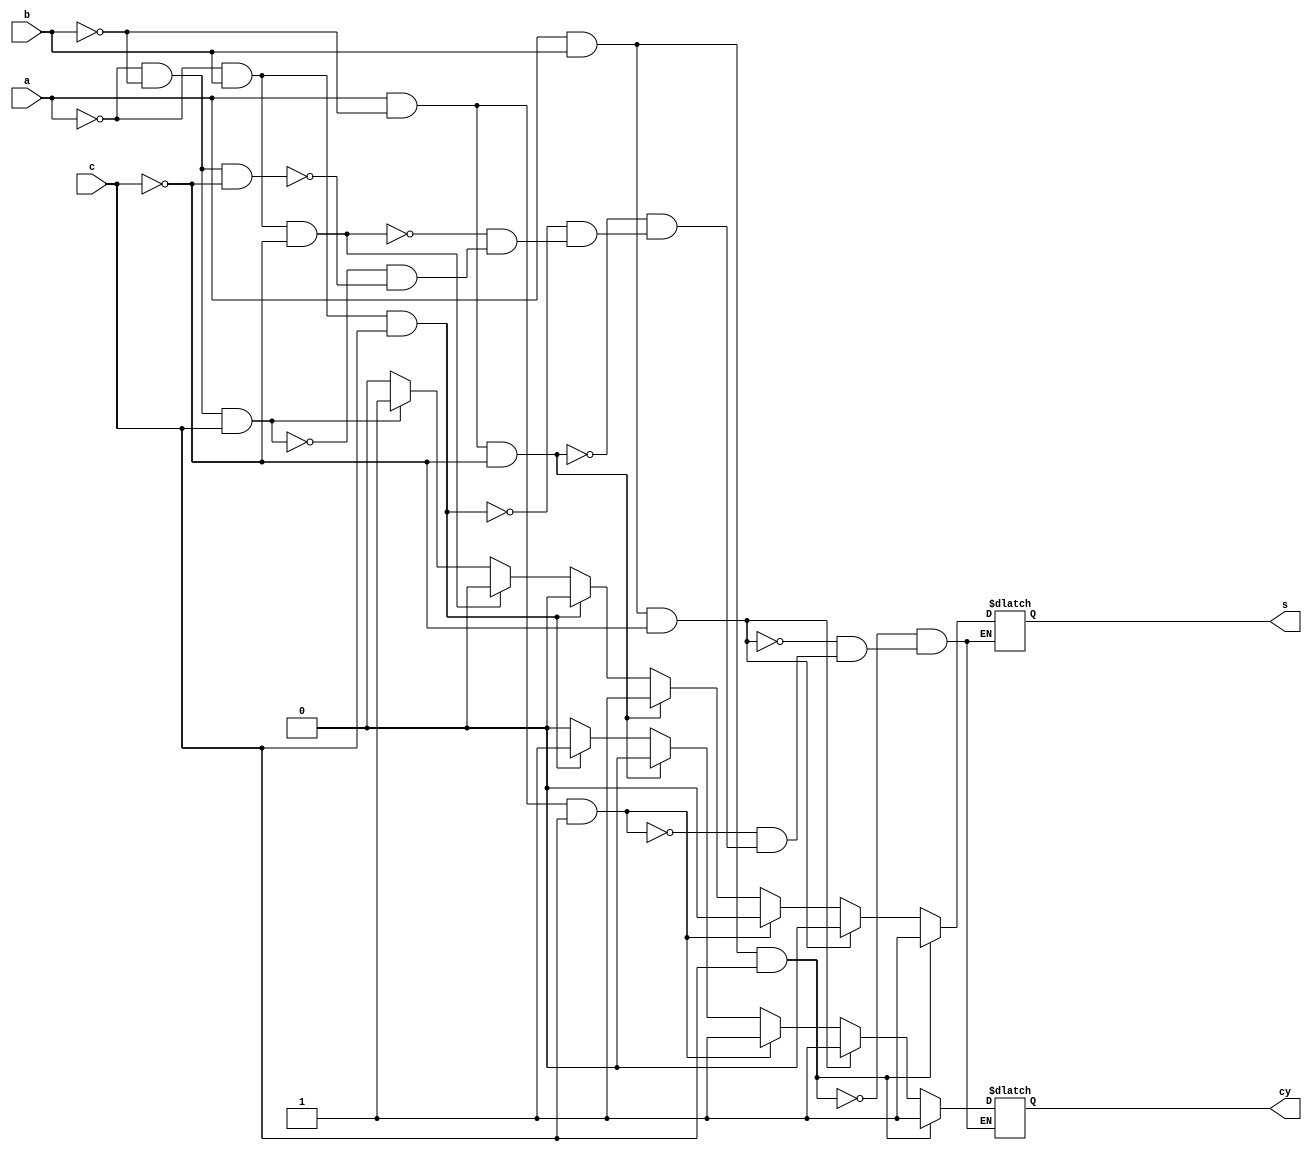



module fulladder_beh(a,b,c,s,cy);
  input  wire a,b,c;
   output reg s,cy;//for storing values reg is used so we used reg for outputs
    
  always @(a or b or c)
  begin
    if(a==0 && b==0 && c==0) 
    begin
    s=0;// for storing values use reg datatype
    cy=0;  
    end
    if(a==0 && b==0 && c==1) 
    begin
    s=1;// for storing values use reg datatype
    cy=0;  
    end
    if(a==0 && b==1 && c==0) 
    begin
    s=0;// for storing values use reg datatype
    cy=0;  
    end
    if(a==0 && b==1 && c==1) 
    begin
    s=0;// for storing values use reg datatype
    cy=1;  
    end
    if(a==1 && b==0 && c==0) 
    begin
    s=1;// for storing values use reg datatype
    cy=0;  
    end
    if(a==1 && b==0 && c==1) 
    begin
    s=0;// for storing values use reg datatype
    cy=1;  
    end
    if(a==1 && b==1 && c==0) 
    begin
    s=0;// for storing values use reg datatype
    cy=1;  
    end
    if(a==1 && b==1 && c==1) 
    begin
    s=1;// for storing values use reg datatype
    cy=1;  
    end
  end    
endmodule